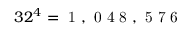
3 2 ^ { 4 } = \mathrm { ~ 1 ~ , ~ 0 ~ 4 ~ 8 ~ , ~ 5 ~ 7 ~ 6 ~ }